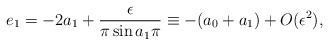
LaTeX: \begin{align*}e_{1}=-2a_{1}+ \frac{\epsilon}{\pi \sin a_{1}\pi}\equiv-(a_0+a_1) +O(\epsilon^2),\end{align*}